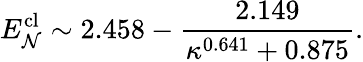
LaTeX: E_{\mathcal{N}}^{\textrm{cl}}\sim 2.458-\frac{2.149}{\kappa^{0.641}+0.875}.